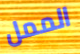
الممل